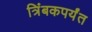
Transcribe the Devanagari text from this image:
त्रिंबकपर्यंत